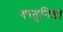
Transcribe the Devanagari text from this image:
वस्तुनिष्ठ।